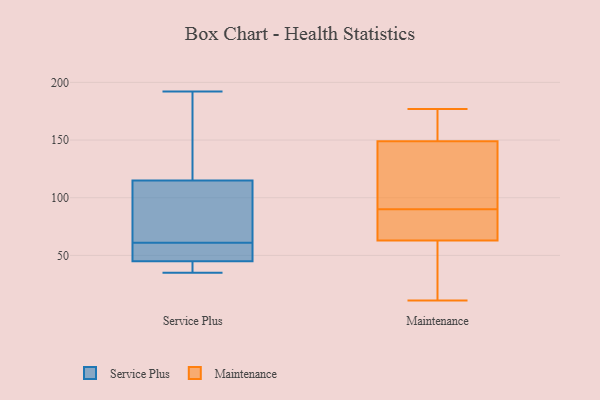
{"axis": {"x": "Waste Production (Tons)", "y": "Value"}, "legend": ["Maintenance", "Service Plus"], "data": [{"x": "", "y": 43, "type": "Service Plus"}, {"x": "", "y": 56, "type": "Service Plus"}, {"x": "", "y": 63, "type": "Service Plus"}, {"x": "", "y": 59, "type": "Service Plus"}, {"x": "", "y": 192, "type": "Service Plus"}, {"x": "", "y": 100, "type": "Service Plus"}, {"x": "", "y": 94, "type": "Service Plus"}, {"x": "", "y": 47, "type": "Service Plus"}, {"x": "", "y": 130, "type": "Service Plus"}, {"x": "", "y": 133, "type": "Service Plus"}, {"x": "", "y": 36, "type": "Service Plus"}, {"x": "", "y": 35, "type": "Service Plus"}, {"x": "", "y": 88, "type": "Maintenance"}, {"x": "", "y": 63, "type": "Maintenance"}, {"x": "", "y": 107, "type": "Maintenance"}, {"x": "", "y": 63, "type": "Maintenance"}, {"x": "", "y": 11, "type": "Maintenance"}, {"x": "", "y": 165, "type": "Maintenance"}, {"x": "", "y": 74, "type": "Maintenance"}, {"x": "", "y": 24, "type": "Maintenance"}, {"x": "", "y": 52, "type": "Maintenance"}, {"x": "", "y": 143, "type": "Maintenance"}, {"x": "", "y": 149, "type": "Maintenance"}, {"x": "", "y": 162, "type": "Maintenance"}, {"x": "", "y": 31, "type": "Maintenance"}, {"x": "", "y": 92, "type": "Maintenance"}, {"x": "", "y": 177, "type": "Maintenance"}, {"x": "", "y": 77, "type": "Maintenance"}, {"x": "", "y": 159, "type": "Maintenance"}, {"x": "", "y": 114, "type": "Maintenance"}]}